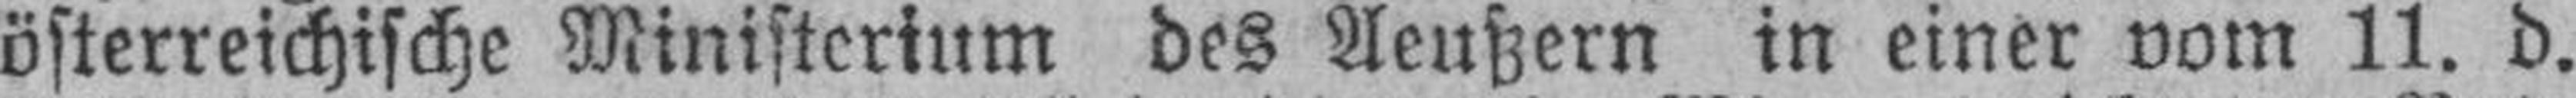
österreichische Ministerium des Aeußern in einer vom 11. d.